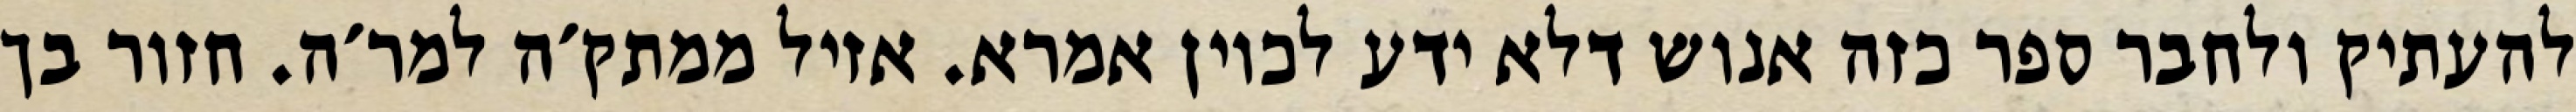
להעתיק ולחבר ספר כזה אנוש דלא ידע לכוין אמרא. אזיל ממתק׳ה למר׳ה. חזור בך